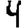
Digit: 4